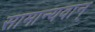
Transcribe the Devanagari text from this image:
सामान्यवान्